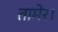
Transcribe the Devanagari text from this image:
तामेर।